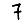
Digit: 7